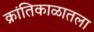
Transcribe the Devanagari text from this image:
क्रांतिकाळातला